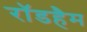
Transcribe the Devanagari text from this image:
रॉडहैम